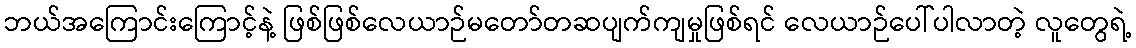
ဘယ်အကြောင်းကြောင့်နဲ့ ဖြစ်ဖြစ်လေယာဉ်မတော်တဆပျက်ကျမှုဖြစ်ရင် လေယာဉ်ပေါ်ပါလာတဲ့ လူတွေရဲ့